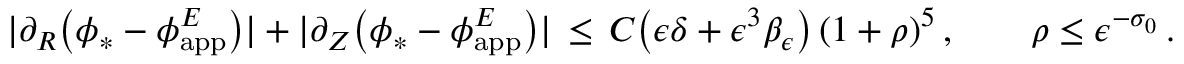
| \partial _ { R } \bigl ( \phi _ { * } - \phi _ { \mathrm { a p p } } ^ { E } \bigr ) | + | \partial _ { Z } \bigl ( \phi _ { * } - \phi _ { \mathrm { a p p } } ^ { E } \bigr ) | \, \le \, C \bigl ( \epsilon \delta + \epsilon ^ { 3 } \beta _ { \epsilon } \bigr ) \, ( 1 + \rho ) ^ { 5 } \, , \qquad \rho \le \epsilon ^ { - \sigma _ { 0 } } \, .